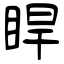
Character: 睅